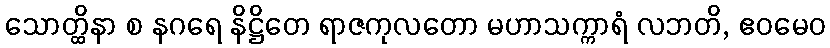
သောတ္ထိနာ စ နဂရေ နိဋ္ဌိတေ ရာဇကုလတော မဟာသက္ကာရံ လဘတိ, ဧဝမေဝ